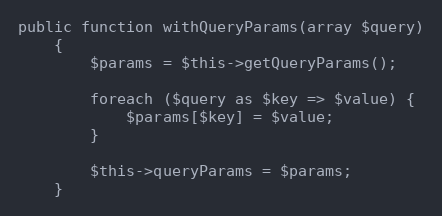
Language: PHP
public function withQueryParams(array $query)
    {
        $params = $this->getQueryParams();

        foreach ($query as $key => $value) {
            $params[$key] = $value;
        }

        $this->queryParams = $params;
    }